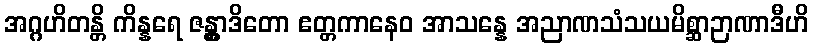
အဂ္ဂဟိတန္တိ ကိန္နရေ ဇန္တွာဒိတော ဧတ္တကာနေဝ အာသန္နေ အညာဏသံသယမိစ္ဆာဉာဏာဒီဟိ